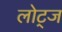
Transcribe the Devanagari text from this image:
लोट्ज